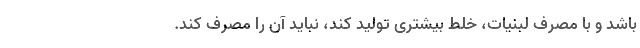
باشد و با مصرف لبنیات، خلط بیشتری تولید کند، نباید آن را مصرف کند.